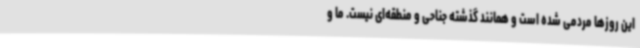
این روزها مردمی شده است و همانند گذشته جناحی و منطقه‌ای نیست. ما و